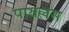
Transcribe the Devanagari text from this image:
पायलस